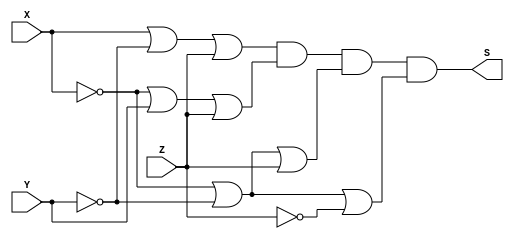
/*
 Guia_0404a.v - v0.0. - 28 / 08 / 2022
 Autor    : Gabriel Vargas Bento de Souza
 Matricula: 778023
 */

/* 
 Produto das somas
               ____
F(X, Y, Z) =   | |  M (2, 4, 6, 7)
*/

/**
 PoS (2, 4, 6, 7)
 */
module PoS (output S,
            input  X, Y, Z);
   assign S = ( X | ~Y |  Z)  // 2
            & (~X |  Y |  Z)  // 4  
            & (~X | ~Y |  Z)  // 6
            & (~X | ~Y | ~Z); // 7
endmodule // PoS 

/**
  Guia_0404a.v
 */
module Guia_0404a;
   reg  X, Y, Z;
   wire S;
   
   // instancias
   PoS POS (S, X, Y, Z);
   
   // valores iniciais
   initial begin: start
      X=1'bx; Y=1'bx; Z=1'bx; // indefinidos
   end

   // parte principal
   initial begin: main
      // identificacao
       $display("Gabriel Vargas Bento de Souza - 778023");
       $display("Test boolean expression");
       $display("\n04.a) PoS (2, 4, 6, 7)\n");

       // monitoramento
       $display(" X  Y  Z  PoS(2, 4, 6, 7)");
       $monitor("%2b %2b %2b %10b", X, Y, Z, S);

       // sinalizacao
       #1 X=0; Y=0; Z=0;
       #1 X=0; Y=0; Z=1;
       #1 X=0; Y=1; Z=0;
       #1 X=0; Y=1; Z=1;
       #1 X=1; Y=0; Z=0;
       #1 X=1; Y=0; Z=1;
       #1 X=1; Y=1; Z=0;
       #1 X=1; Y=1; Z=1;
   end
endmodule // Guia_0404a